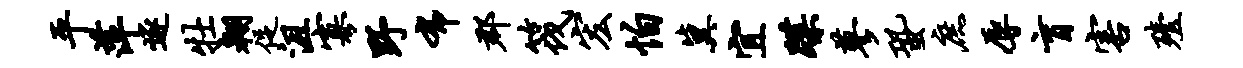
平萍逐牡翱促沮寡野布郡筏宏怕冀宜蹀蓼蛩庶辱盲害殪